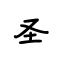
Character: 圣